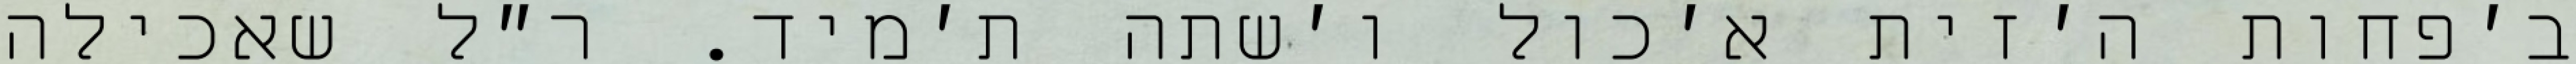
ב׳פחות ה׳זית א׳כול ו׳שתה ת׳מיד. ר״ל שאכילה